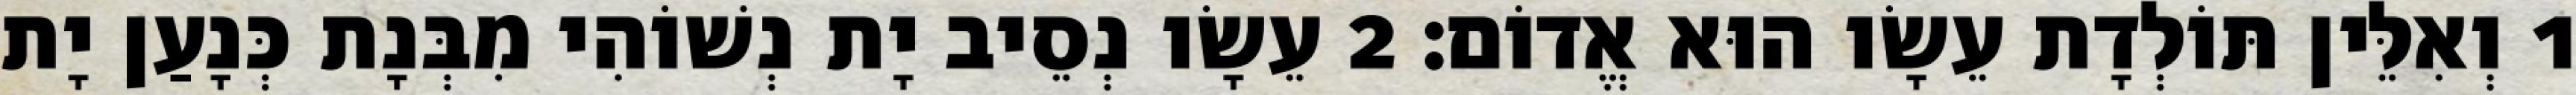
1 וְאִלֵּין תּוֹלְדָת עֵשָׂו הוּא אֱדוֹם׃ 2 עֵשָׂו נְסֵיב יָת נְשׁוֹהִי מִבְּנָת כְּנָעַן יָת